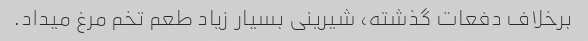
برخلاف دفعات گذشته، شیرینی بسیار زیاد طعم تخم مرغ میداد.